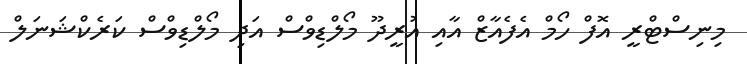
މިނިސްޓްރީ އޮފް ހޯމް އެފެއާޒް އާއި އުރީދޫ މޯލްޑިވްސް އަދިި މޯލްޑިވްސް ކަރެކްޝަނަލް